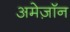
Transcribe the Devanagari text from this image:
अमेज़ॉन